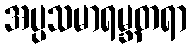
အပ္ပသမာရမ္ဘတရာ